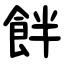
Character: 䬳